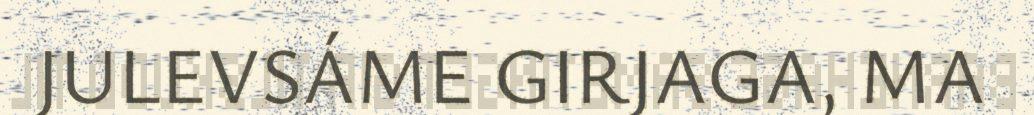
JULEVSÁME GIRJAGA, MA